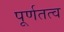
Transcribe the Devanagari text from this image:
पूर्णतत्व